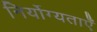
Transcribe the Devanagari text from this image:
निर्योग्यताएँ